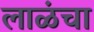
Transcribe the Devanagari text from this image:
लाळंचा